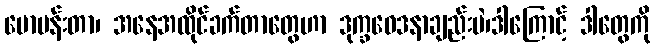
မောပန်းတာ၊ အနေအထိုင်ခက်တာတွေဟာ ဒုက္ခဝေဒနာချည်းပဲ၊ဒါကြောင့် ဒါတွေကို